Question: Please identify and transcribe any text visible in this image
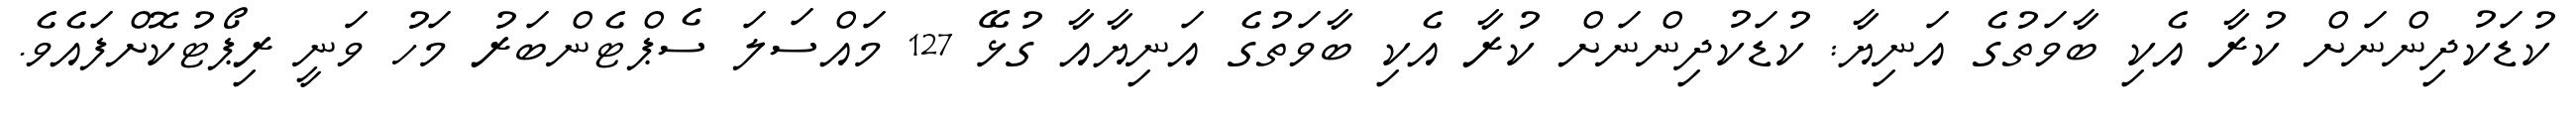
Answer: ކުޑަކުދިންނަށް ކުރާ އެކި ބާވަތުގެ އަނިޔާ: ކުޑަކުދިންނަށް ކުރާ އެކި ބާވަތުގެ އަނިޔާއާ ގުޅޭ 127 މައްސަލަ ސެޕްޓެންބަރު މަހު ވަނީ ރިޕޯޓުކޮށްފައެވެ.